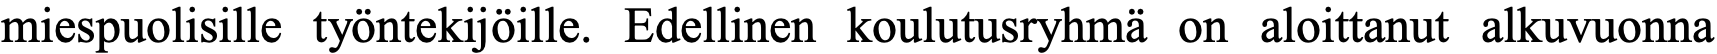
miespuolisille työntekijöille. Edellinen koulutusryhmä on aloittanut alkuvuonna